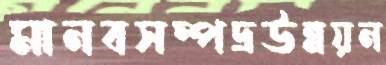
মানবসম্পদ্রউন্নয়ন